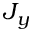
J _ { y }